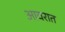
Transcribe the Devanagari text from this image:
आवरात